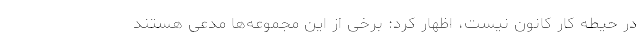
در حیطه کار کانون نیست، اظهار کرد: برخی از این مجموعه‌ها مدعی هستند